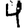
Digit: 4